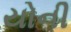
યોની